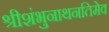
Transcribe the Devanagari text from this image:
श्रीशंभुनाथनतिमेव